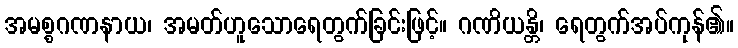
အမစ္စဂဏနာယ၊ အမတ်ဟူသောရေတွက်ခြင်းဖြင့်။ ဂဏိယန္တိ၊ ရေတွက်အပ်ကုန်၏။